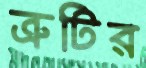
ত্রুটির